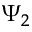
\Psi _ { 2 }